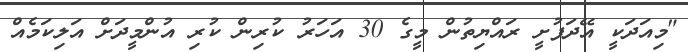
"މިއަދަކީ އޭދަފުށީ ރައްޔިތުން މީގެ 30 އަހަރު ކުރިން ކުރި އުންމީދަށް އަލިކަމެއް